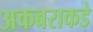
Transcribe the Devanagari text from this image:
अकबराकडे